Report on vaccination in Madras 1922-1929 - 1922-1929
Year: 1922
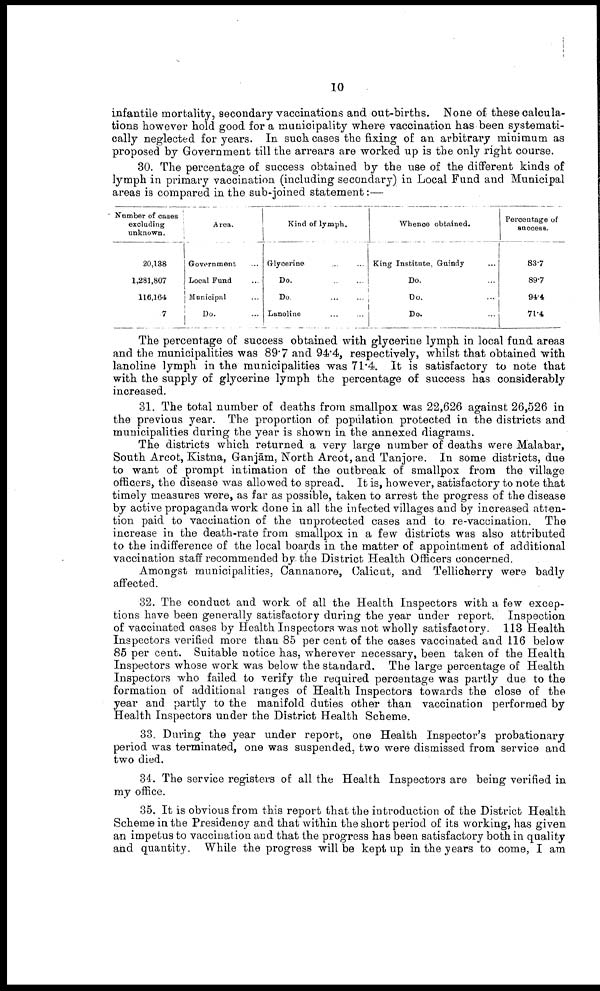
10
infantile mortality, secondary vaccinations and out-births. None of these calcula
tions however hold good for a municipality where vaccination has been systemati
cally neglected for years. In such cases the fixing of an arbitrary minimum as
proposed by Government till the arrears are worked up is the only right course.
30. The percentage of success obtained by the use of the different kinds of
lymph in primary vaccination (including secondary) in Local Fund and Municipal
areas is compared in the sub-joined statement:—
Number of cases
excluding
unknown.
20,138
1,281,807
116,164
7
Area.
Government ...
Local Fund ...
Municipal ...
Do. ...
Kind of lymph.
Glycerine
...
...
Do.
...
...
Do.
...
...
Lanoline ... ...
Whence obtained.
King Institute, Guindy ...
Do. ...
Do. ...
Do. ...
Percentage of
success.
83.7
89.7
94.4
71.4
The percentage of success obtained with glycerine lymph in local fund areas
and the municipalities was 89.7 and 94.4, respectively, whilst that obtained with
lanoline lymph in the municipalities was 71.4. It is satisfactory to note that
with the supply of glycerine lymph the percentage of success has considerably
increased.
31. The total number of deaths from smallpox was 22,626 against 26,526 in
the previous year. The proportion of population protected in the districts and
municipalities during the year is shown in the annexed diagrams.
The districts which returned a very large number of deaths were Malabar,
South Arcot, Kistna, Ganjām, North Arcot, and Tanjore. In some districts, due
to want of prompt intimation of the outbreak of smallpox from the village
officers, the disease was allowed to spread. It is, however, satisfactory to note that
timely measures were, as far as possible, taken to arrest the progress of the disease
by active propaganda work done in all the infected villages and by increased atten
tion paid to vaccination of the unprotected cases and to re-vaccination. The
increase in the death-rate from smallpox in a few districts was also attributed
to the indifference of the local boards in the matter of appointment of additional
vaccination staff recommended by the District Health Officers concerned.
Amongst municipalities, Cannanore, Calicut, and Tellicherry were badly
affected.
32. The conduct and work of all the Health Inspectors with a few excep
tions have been generally satisfactory during the year under report. Inspection
of vaccinated cases by Health Inspectors was not wholly satisfactory. 113 Health
Inspectors verified more than 85 per cent of the cases vaccinated and 116 below
85 per cent. Suitable notice has, wherever necessary, been taken of the Health
Inspectors whose work was below the standard. The large percentage of Health
Inspectors who failed to verify the required percentage was partly due to the
formation of additional ranges of Health Inspectors towards the close of the
year and partly to the manifold duties other than vaccination performed by
Health Inspectors under the District Health Scheme.
33. During the year under report, one Health Inspector's probationary
period was terminated, one was suspended, two were dismissed from service and
two died.
34. The service registers of all the Health Inspectors are being verified in
my office.
35. It is obvious from this report that the introduction of the District Health
Scheme in the Presidency and that within the short period of its working, has given
an impetus to vaccination and that the progress has been satisfactory both in quality
and quantity. While the progress will be kept up in the years to come, I am